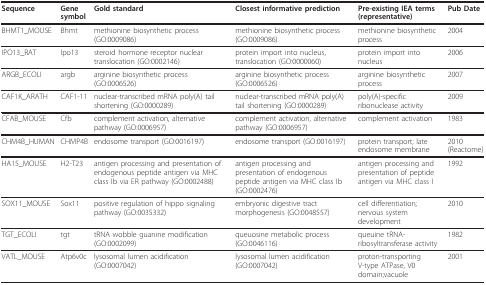
| Sequence | Gene symbol | Gold standard | Closest informative prediction | Pre-existing IEA terms (representative) | Pub Date |
 | --- | --- | --- | --- | --- | --- |
 | BHMT1_MOUSE | Bhmt | methionine biosynthetic process (GO:0009086) | methionine biosynthetic process (GO:0009086) | methionine biosynthetic process | 2004 |
 | IPO13_RAT | Ipo13 | steroid hormone receptor nuclear translocation (GO:0002146) | protein import into nucleus, translocation (GO:0000060) | protein import into nucleus | 2006 |
 | ARGB_ECOLI | argb | arginine biosynthetic process (GO:0006526) | arginine biosynthetic process (GO:0006526) | arginine biosynthetic process | 2007 |
 | CAF1K_ARATH | CAF1-11 | nuclear-transcribed mRNA poly(A) tail shortening (GO:0000289) | nuclear-transcribed mRNA poly(A) tail shortening (GO:0000289) | poly(A)-specific ribonuclease activity | 2009 |
 | CFAB_MOUSE | Cfb | complement activation, alternative pathway (GO:0006957) | complement activation, alternative pathway (GO:0006957) | complement activation | 1983 |
 | CHM4B_HUMAN | CHMP4B | endosome transport (GO:0016197) | endosome transport (GO:0016197) | protein transport; late endosome membrane | 2010 (Reactome) |
 | HA15_MOUSE | H2-T23 | antigen processing and presentation of endogenous peptide antigen via MHC class Ib via ER pathway (GO:0002488) | antigen processing and presentation of endogenous peptide antigen via MHC class Ib (GO:0002476) | antigen processing and presentation of peptide antigen via MHC class I | 1992 |
 | SOX11_MOUSE | Sox11 | positive regulation of hippo signaling pathway (GO:0035332) | embryonic digestive tract morphogenesis (GO:0048557) | cell differentiation;nervous system development | 2010 |
 | TGT_ECOLI | tgt | tRNA wobble guanine modification (GO:0002099) | queuosine metabolic process (GO:0046116) | queuine tRNA-ribosyltransferase activity | 1982 |
 | VATL_MOUSE | Atp6v0c | lysosomal lumen acidification (GO:0007042) | lysosomal lumen acidification (GO:0007042) | proton-transporting V-type ATPase, V0 domain;vacuole | 2001 |